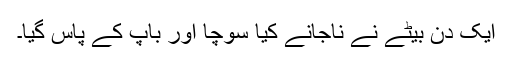
ایک دن بیٹے نے ناجانے کیا سوچا اور باپ کے پاس گیا۔